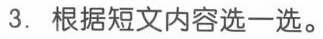
3.根据短文内容选一选。